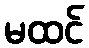
မထင်